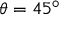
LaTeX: \theta = 4 5 ^ { \circ }